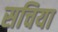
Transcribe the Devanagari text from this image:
सचिया